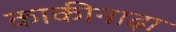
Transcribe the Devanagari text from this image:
काकीनाढ़ा